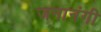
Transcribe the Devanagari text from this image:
जनानंगी